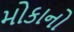
મોકાનો